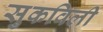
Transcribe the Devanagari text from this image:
सुकविली